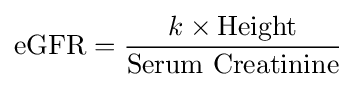
{\text{eGFR}}={\frac {{k}\times {\text{Height}}}{\text{Serum Creatinine}}}